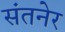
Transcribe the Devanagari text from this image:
संतनेर